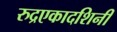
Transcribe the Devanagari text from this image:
रुद्रएकादशिनी